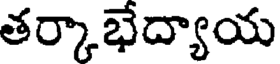
తర్కాభేద్యాయ